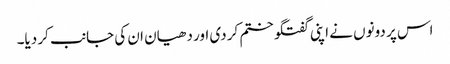
اس پر دونوں نے اپنی گفتگو ختم کر دی اور دھیان ان کی جانب کر دیا۔